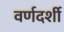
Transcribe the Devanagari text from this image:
वर्णदर्शी